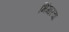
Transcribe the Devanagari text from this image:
भिंगारचा